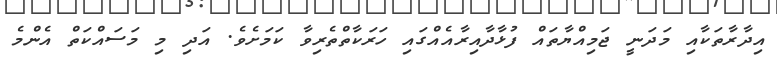
އިދާރާތަކާއި މަދަނީ ޖަމިއްޔާތައް ފުޅާދާއިރާއެއްގައި ހަރަކާތްތެރިވާ ކަމަށެވެ. އަދި މި މަސައްކަތް އެންމެ